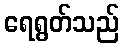
ရေရွတ်သည်